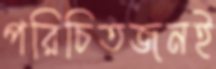
পরিচিতজনই